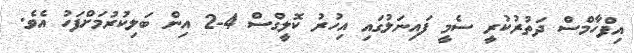
އިފްހާމްސް ދަތުރުކުރީ ސެމީ ފައިނަލުގައި އިހުރު ކޮލީގްސް 4-2 އިން ބަލިކުރުމަށްފަހު އެވެ.